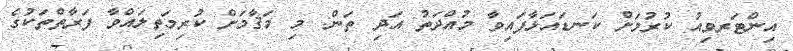
އިންޓަރވިއު ކުރުމަށް ކަނޑައަޅާފައިވާ މުއްދަތު އަދި ތަން: މި މަޤާމަށް ކުރިމަތިލައްވާ ފަރާތްތަކުގެ